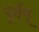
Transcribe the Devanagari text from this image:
पूर्वम्